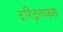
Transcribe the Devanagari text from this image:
दरिद्रतावश